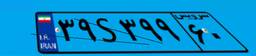
۸۰S۳۳۵۳۶